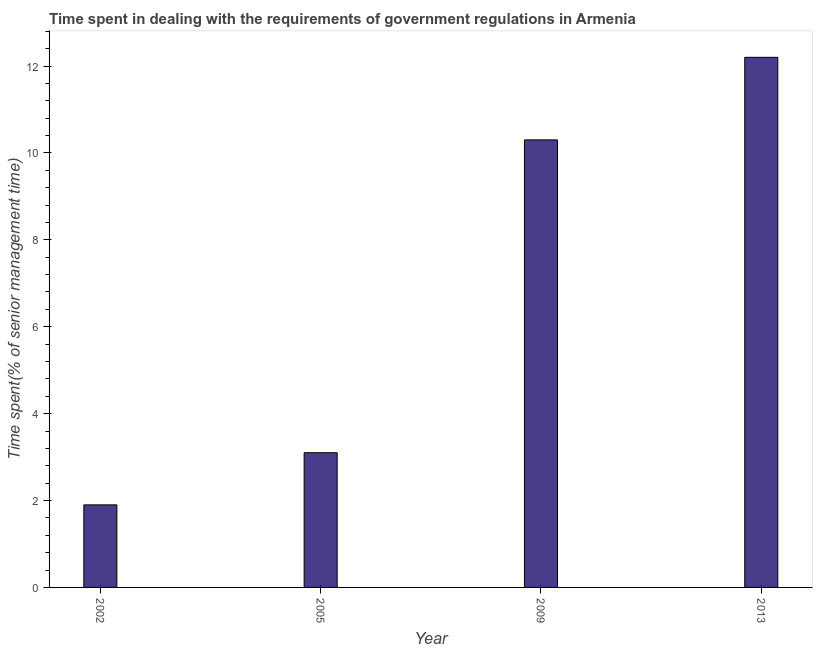
| Year | Government regulations |
 | --- | --- |
 | 2002 | 1.9 |
 | 2005 | 3.1 |
 | 2009 | 10.3 |
 | 2013 | 12.2 |